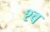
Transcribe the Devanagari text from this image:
श्‍व